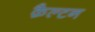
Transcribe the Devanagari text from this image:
क़ैल्टन